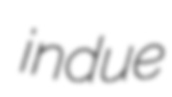
indue